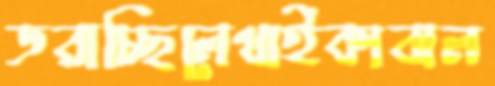
ডরাচ্ছিলেথাইকাবাল